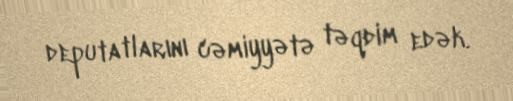
deputatlarını cəmiyyətə təqdim edək.